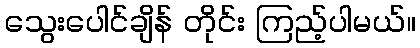
သွေးပေါင်ချိန် တိုင်း ကြည့်ပါမယ်။